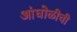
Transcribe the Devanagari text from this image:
आंघोळीची